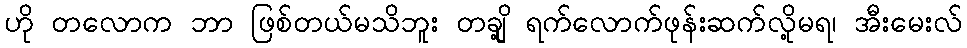
ဟို တလောက ဘာ ဖြစ်တယ်မသိဘူး တချို့ ရက်လောက်ဖုန်းဆက်လို့မရ၊ အီးမေးလ်